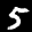
Label: 5